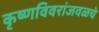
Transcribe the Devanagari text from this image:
कृष्णविवरांजवळचे